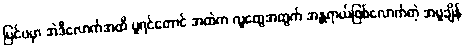
ပြင်ပမှာ အဲဒီလောက်အထိ ပူရင်တောင် အထဲက လူတွေအတွက် အန္တ္တရာယ်ဖြစ်လောက်တဲ့ အပူချိန်